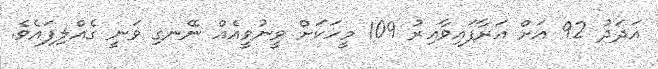
އަދަދު 92 އަށް އަރާފައިވާއިރު 109 މީހަކަށް ވީނުވީއެއް ނޭނގި ވަނީ ގެއްލިފައެވެ.